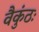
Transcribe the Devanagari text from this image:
वैकुंठः